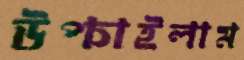
উপ্‌চাইলাম